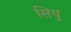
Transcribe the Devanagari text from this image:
सियु